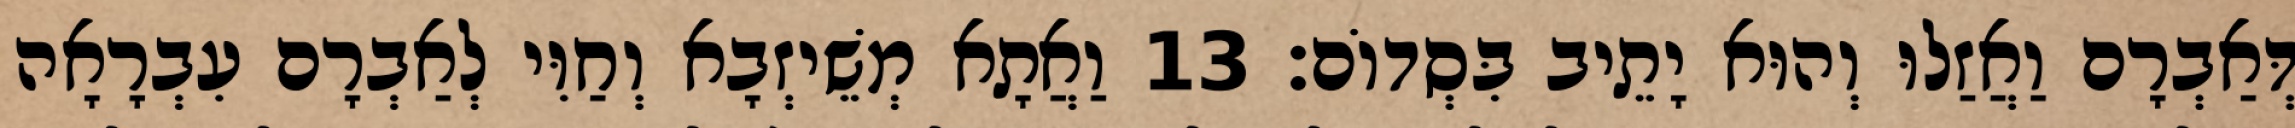
דְּאַבְרָם וַאֲזַלוּ וְהוּא יָתֵיב בִּסְדוֹם׃ 13 וַאֲתָא מְשֵׁיזְבָא וְחַוִּי לְאַבְרָם עִבְרָאָה